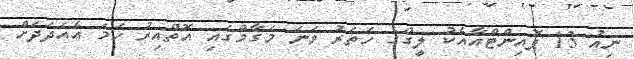
ނިއު 13 ޕޮއިންޓްއާއެކު ލީގްގެ ހަތަރު ވަނަ މަގާމްގައި އޮތްއިރު ހަމަ އެއަދަދަށް